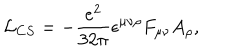
{ \cal L } _ { C S } = - \frac { e ^ { 2 } } { 3 2 \pi } \epsilon ^ { \mu \nu \rho } F _ { \mu \nu } A _ { \rho } ,